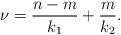
LaTeX: \begin{align*}\mathrm{\nu }=\frac{n-m}{k_{1}}+\frac{m}{k_{2}}.\end{align*}